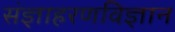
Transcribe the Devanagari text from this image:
संज्ञाहरणविज्ञान